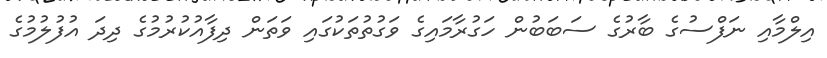
އިލްމާއި ނަފްސުގެ ބާރުގެ ސަބަބުން ހަގުރާމައިގެ ވަގުތުތަކުގައި ވަތަން ދިފާއުކުރުމުގެ ދިދަ އުފުލުމުގެ